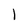
Character: 1